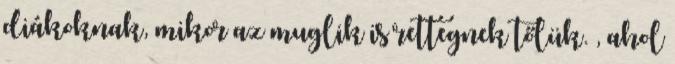
diákoknak, mikor az muglik is rettegnek tőlük. , ahol